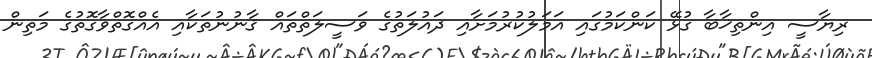
ރިޔާސީ އިންތިޚާބާ ގުޅޭ ކަންކަމުގައި އަމަލުކުރުމަށާއި ދައުލަތުގެ ވަސީލަތްތައް ޤާނުނުތަކާއި އެއްގޮތްވާގޮތުގެ މަތިން